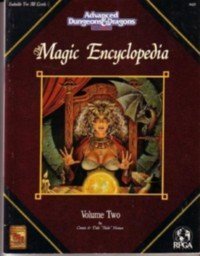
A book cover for Magic Encyclopedia,  Vol. 2 (Advanced Dungeons and Dragons); Dale Henson; Reference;